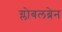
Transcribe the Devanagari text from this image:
ग्लोबलब्रेन